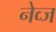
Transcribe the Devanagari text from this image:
नेव्ज